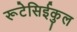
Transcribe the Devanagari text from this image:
रूटेसिईकुल